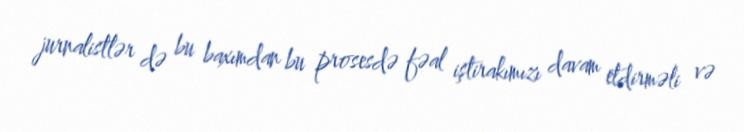
jurnalistlər də bu baxımdan bu prosesdə fəal iştirakımızı davam etdirməli və